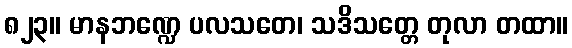
၈၂၃။ မာနဘဏ္ဍေ ပလသတေ၊ သဒိသတ္တေ တုလာ တထာ။